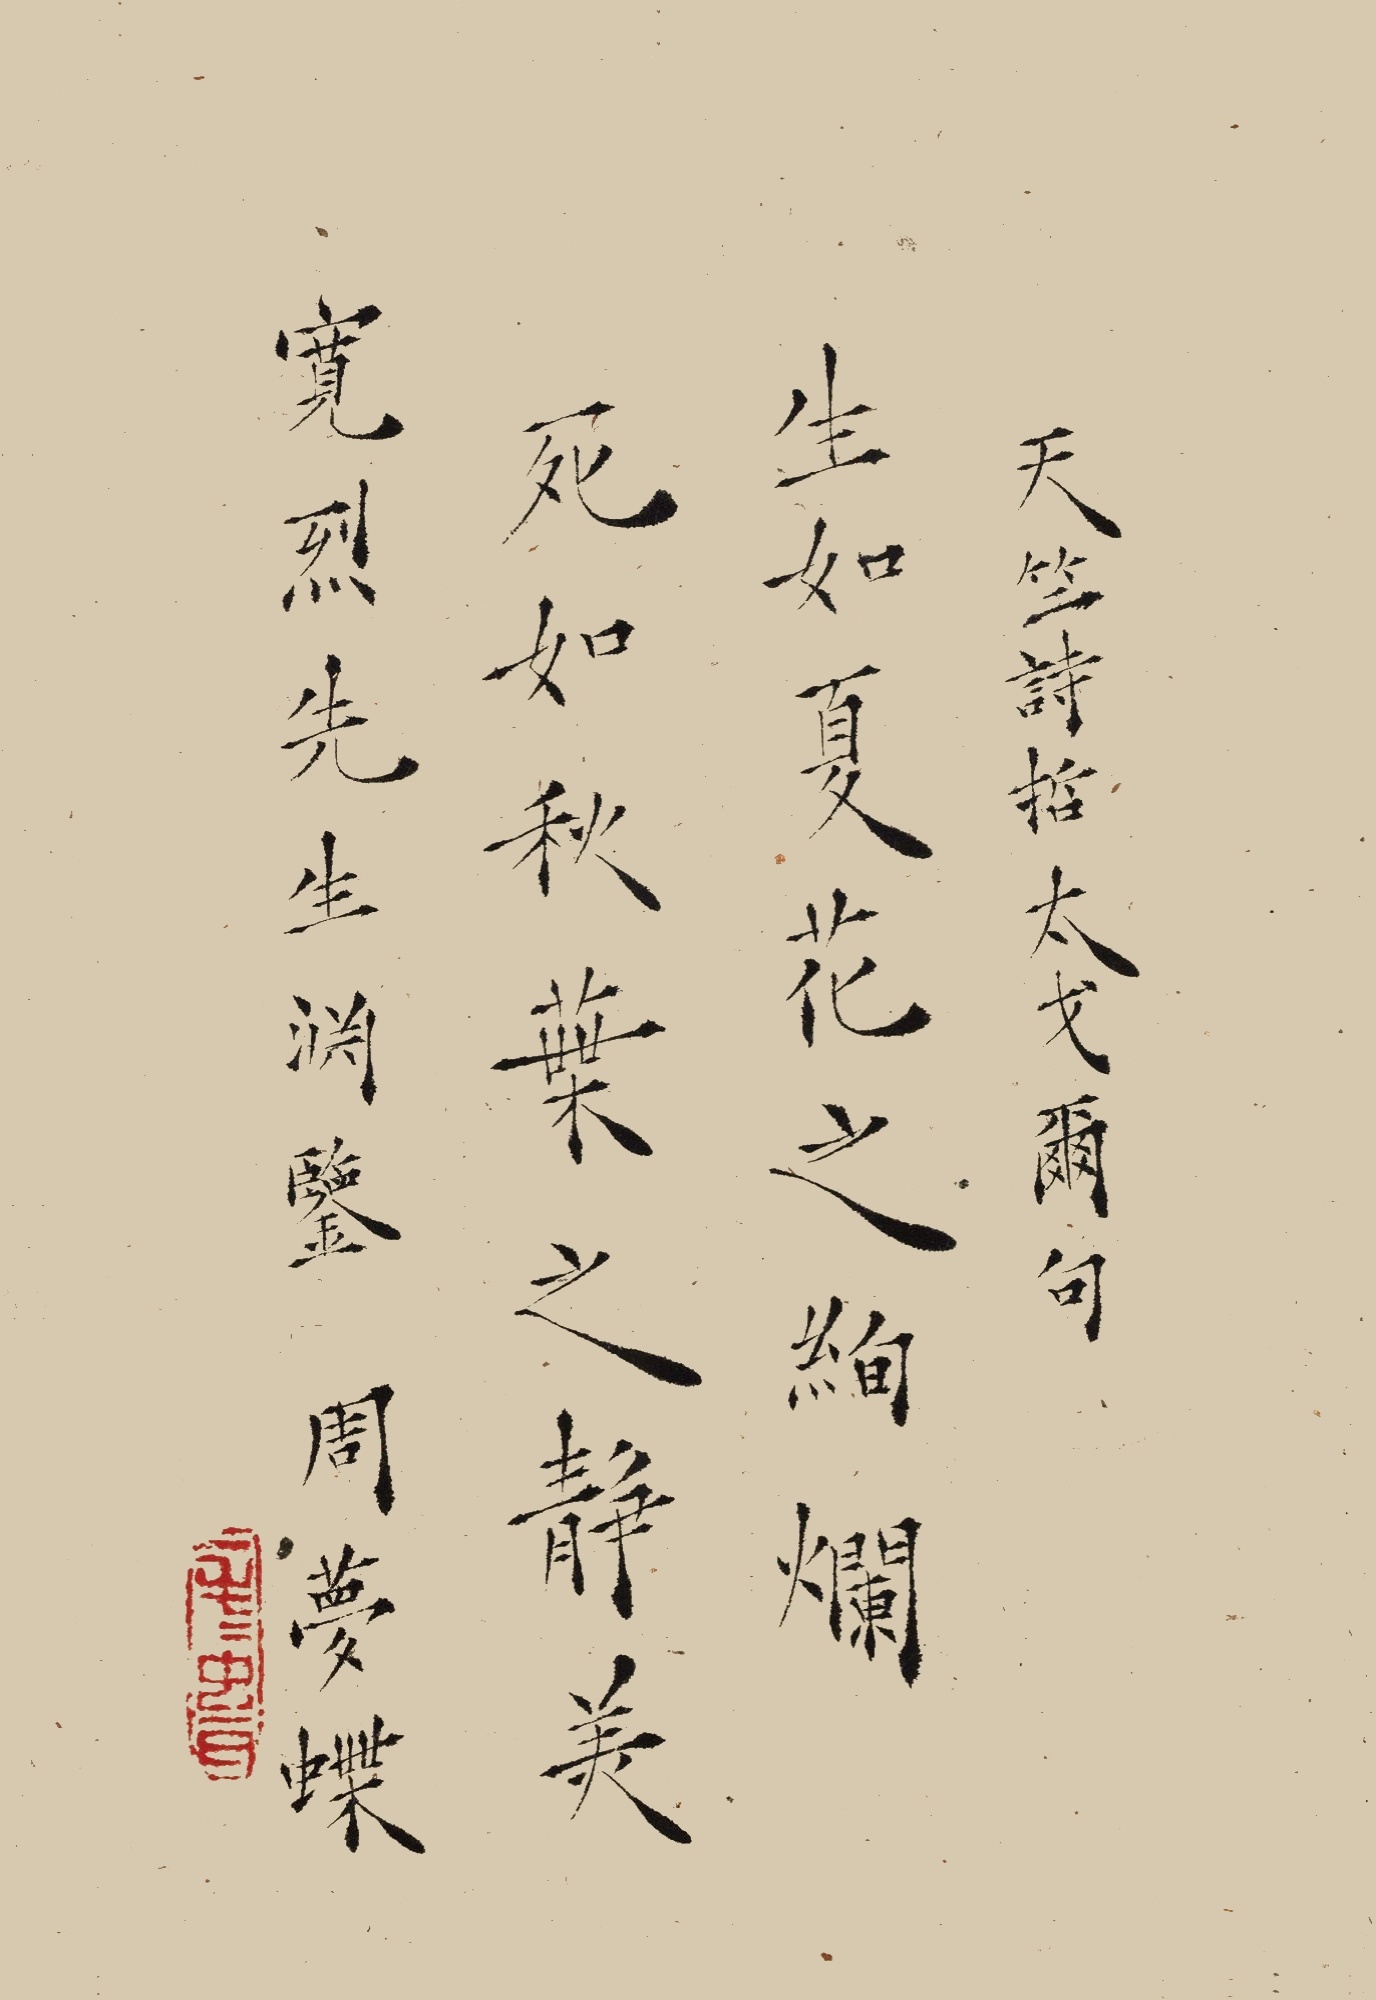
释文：生如夏花之绚烂，死如秋叶之静美。天竺诗哲太戈尔句。宽烈先生渊鉴，周梦蝶。